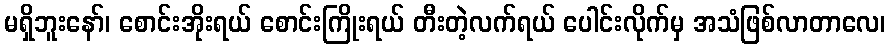
မရှိဘူးနော်၊ စောင်းအိုးရယ် စောင်းကြိုးရယ် တီးတဲ့လက်ရယ် ပေါင်းလိုက်မှ အသံဖြစ်လာတာလေ၊